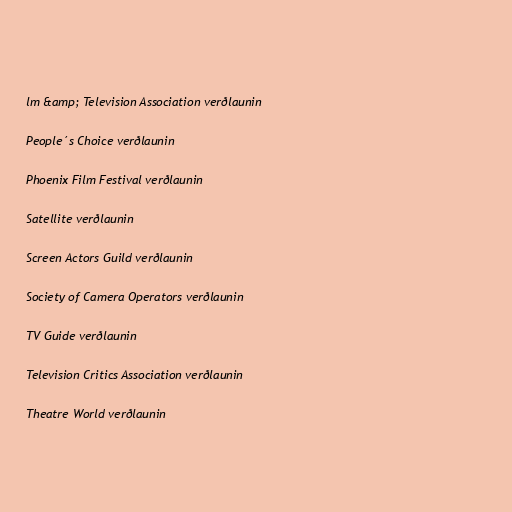
lm &amp; Television Association verðlaunin

People´s Choice verðlaunin

Phoenix Film Festival verðlaunin

Satellite verðlaunin

Screen Actors Guild verðlaunin

Society of Camera Operators verðlaunin

TV Guide verðlaunin

Television Critics Association verðlaunin

Theatre World verðlaunin